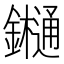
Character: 𨯁